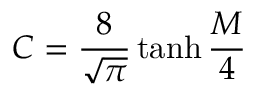
C = \frac { 8 } { \sqrt { \pi } } \operatorname { t a n h } \frac { M } { 4 }